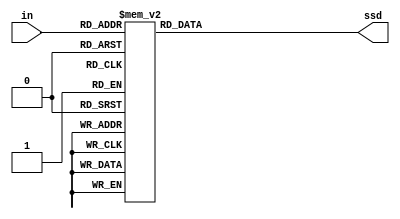
`timescale 1ns / 1ps
//////////////////////////////////////////////////////////////////////////////////
// Company: 
// Engineer: 
// 
// Design Name: 
// Module Name: display
// Project Name: 
// Target Devices: 
// Tool Versions: 
// Description: 
// 
// Dependencies: 
// 
// Revision:
// Revision 0.01 - File Created
// Additional Comments:
// 
//////////////////////////////////////////////////////////////////////////////////


module display(in, ssd);
    input [3:0] in;         // binary code input
    output [7:0] ssd;       // seven segment display signal output
    
    reg [7:0] ssd;          // output signal (in always block)

// Combinational logics : muxs    
    always @ *
    begin
        case (in)
            4'd0: ssd = 8'b00000011;
            4'd1: ssd = 8'b10011111;
            4'd2: ssd = 8'b00100101;
            4'd3: ssd = 8'b00001101;
            4'd4: ssd = 8'b10011001;
            4'd5: ssd = 8'b01001001;
            4'd6: ssd = 8'b01000001;
            4'd7: ssd = 8'b00011111;
            4'd8: ssd = 8'b00000001;
            4'd9: ssd = 8'b00001001;
            4'ha: ssd = 8'b00110001;
            4'hb: ssd = 8'b11100011;
            4'hc: ssd = 8'b00010001;
            4'hd: ssd = 8'b10001001;
            4'he: ssd = 8'b10000101;
            4'hf: ssd = 8'b01100001;
            default: ssd = 8'b11111111;
        endcase
    end
endmodule